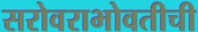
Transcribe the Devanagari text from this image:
सरोवराभोवतीची